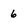
Character: 6